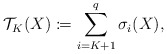
\begin{align*}\mathcal{T}_K(X)\coloneqq\sum_{i=K+1}^q\sigma_i(X),\end{align*}